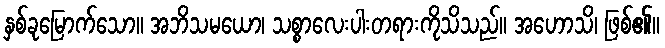
နှစ်ခုမြောက်သော။ အဘိသမယော၊ သစ္စာလေးပါးတရားကိုသိသည်။ အဟောသိ၊ ဖြစ်၏။